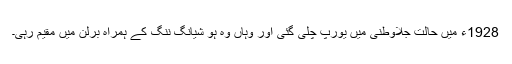
1928ء میں حالت جلاوطنی میں یورپ چلی گئی اور وہاں وہ ہو شیانگ ننگ کے ہمراہ برلن میں مقیم رہی۔